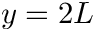
y = 2 L